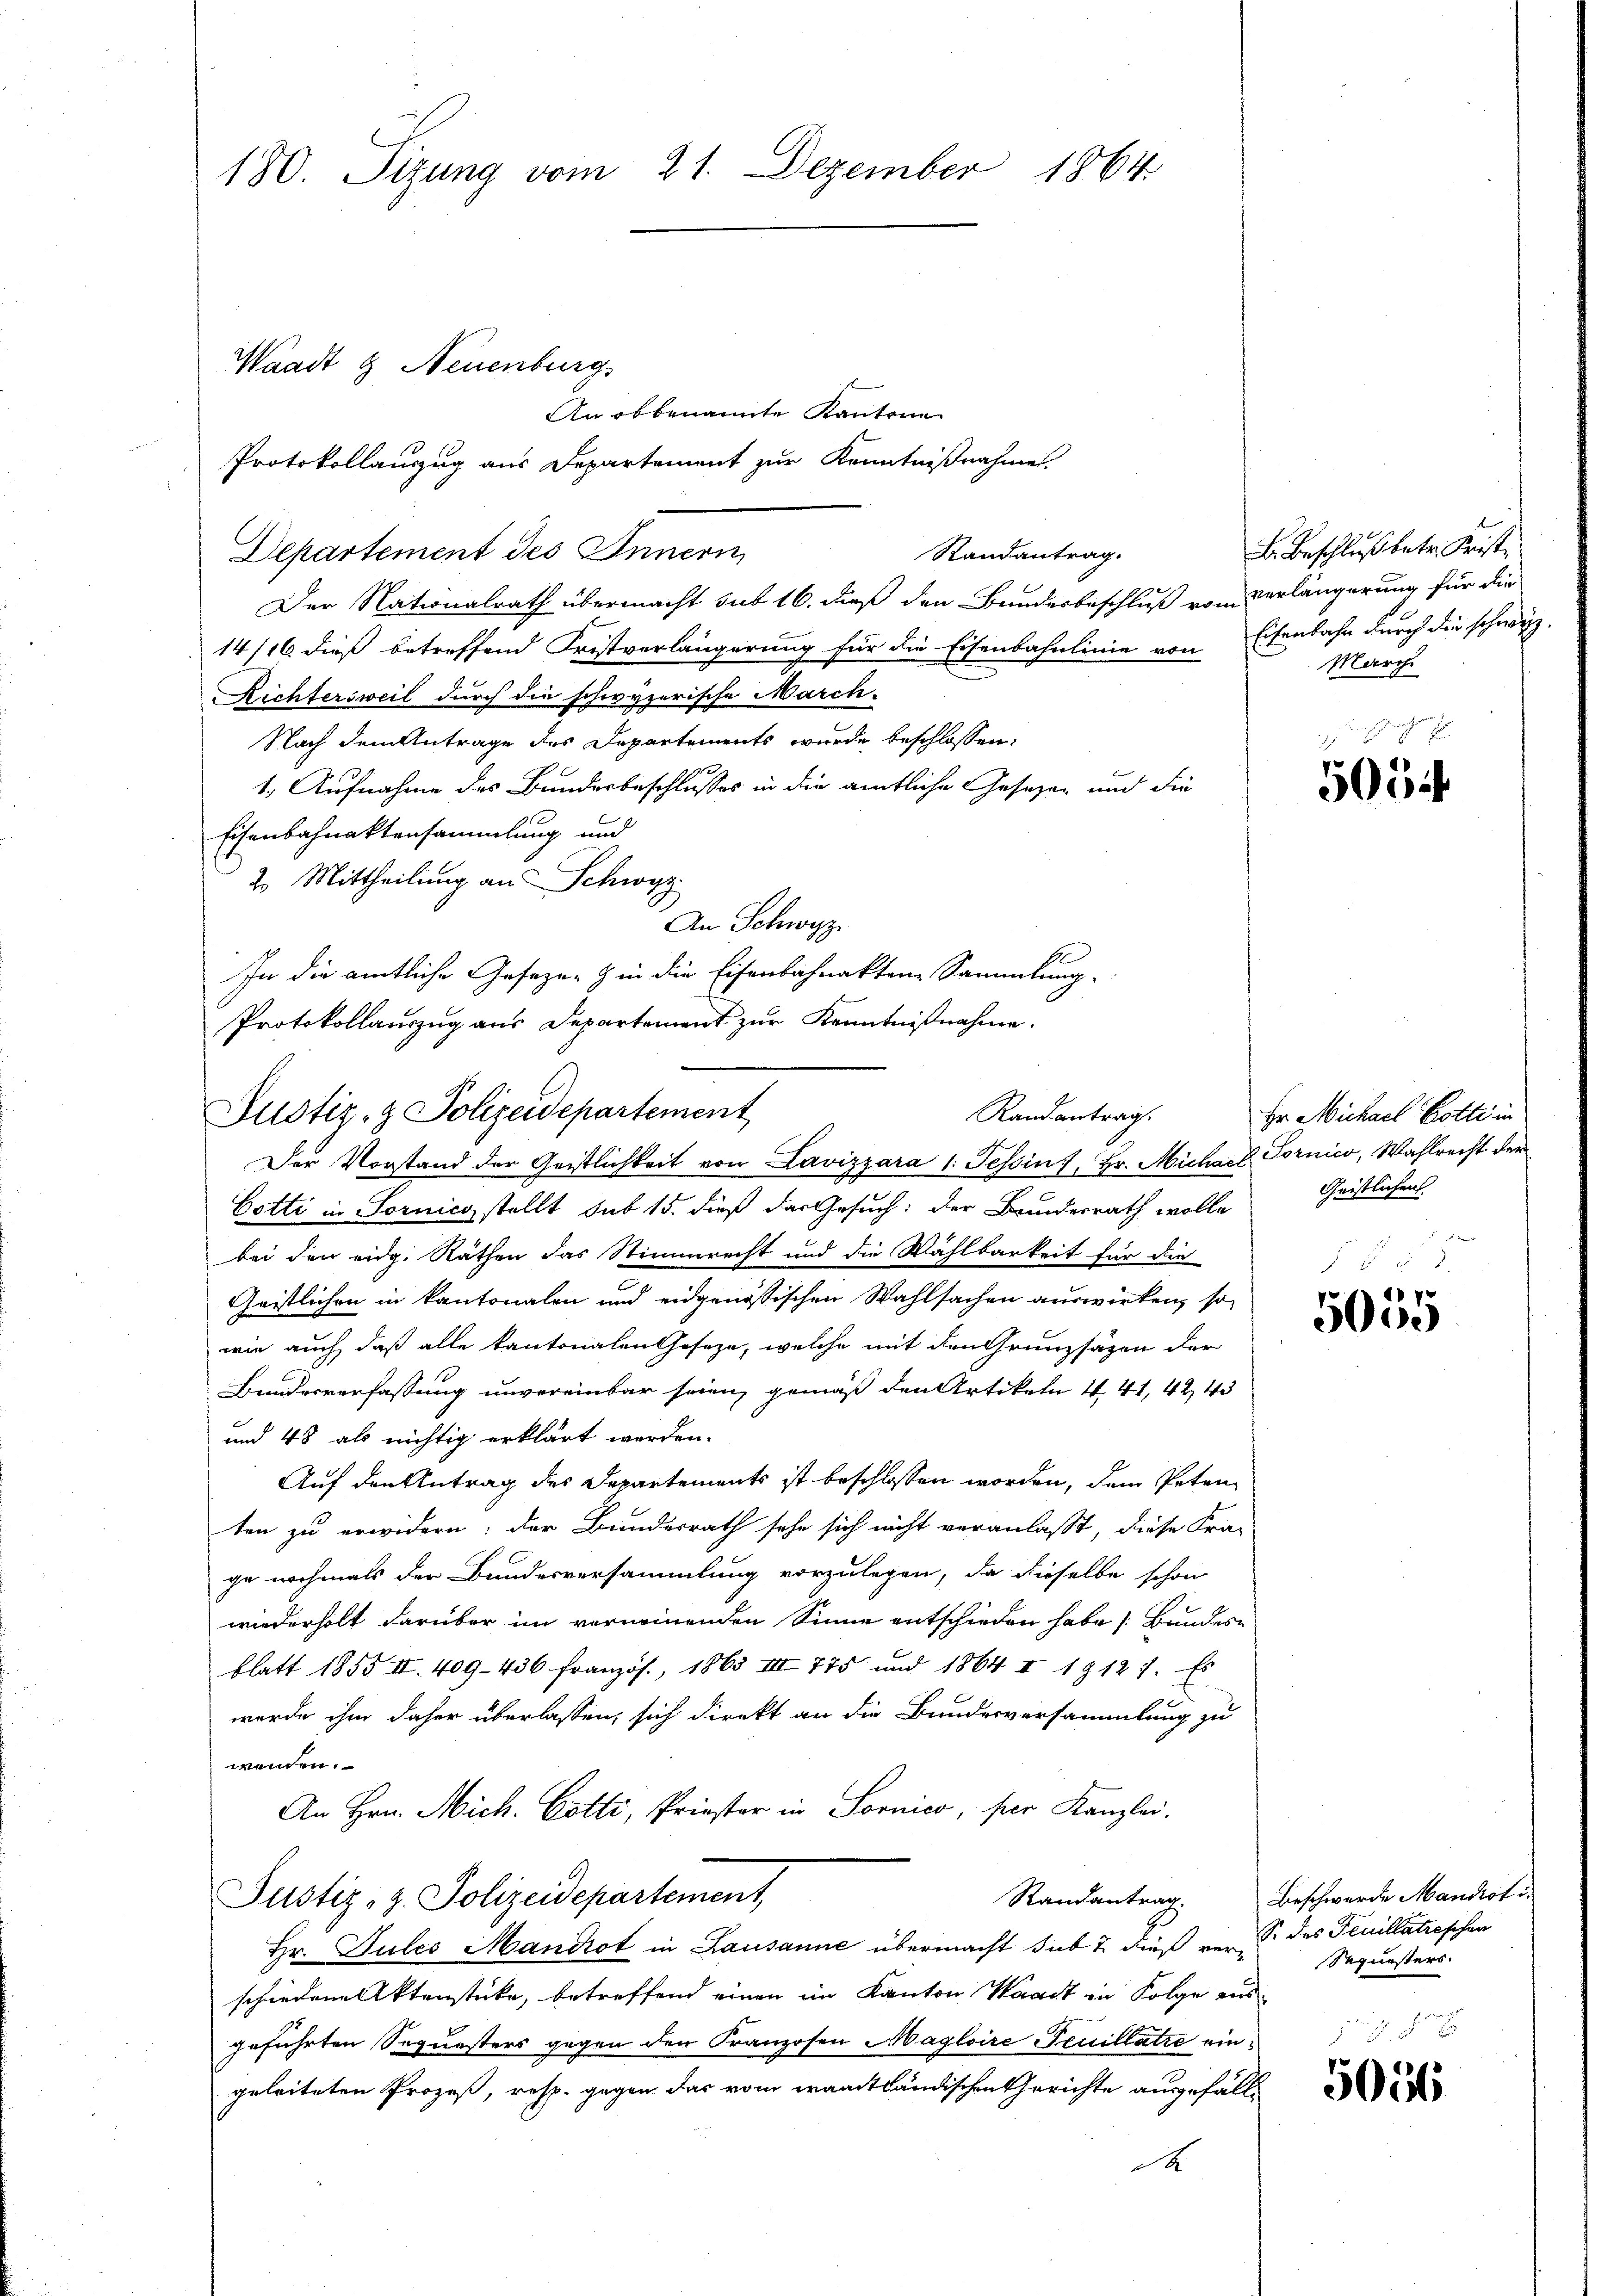
180. Sizung vom 21. Dezember 1864.

An obbenannte Kantone
Protokollauszug aus Departement zur Kenntnißnahme
Departement des Innern,
e
Der Nationalrath übermacht sub 16. dieß den Bundesbeschluß vom Verlängerung für die
14/16 dieß betreffend Fristverlängerung für die Eisenbahnlinie von
Richtersweil durch die schwyzerische March-
Nach dem Antrage des Departements wurde beschlossen:
2
1. Aufnahme des Bundesbeschlusses in die amtliche Gesezen und die
Eisenbahnaktensammlung und
2. Mittheilung an Schwyz
An Schwyz
E
In die amtliche Gesezen & in die Eisenbahnaktene Sammlung.
Protokollauszug aus Departement zur Kenntnißnahme.

Waadt & Neuenburg

Justiz- & Polizeidepartement
Randantrag.

Randantrag.

Der Vorstand der Geistlichkeit von Lavizzara 1. Tessin, Hr. Michael Tornico, Wahlrecht der
Cotti in Fornica stellt sub 15. dieß das Gesuch: der Bundesrath wolle Geistlichens
bei den eidg. Räthen das Stimmrecht und die Wählbarkeit für die
Geistlichen in kantonalen und eidgenössischen Wahlsachen auswirken, so
wie auch daß alle kantonalen Geseze, welche mit den Grunzsäzen der
Bundesverfassung unvereinbar seien, gemäß den Artikeln 1 41, 424
und 43 als nichtig erklärt worden.
Auf den Antrag des Departements ist beschlossen worden, dem Petenten zu erwidern: der Bundesrath sehe sich nicht veranlaßt, diese Fra-
ge nochmals der Bundesversammlung vorzulegen, da dieselbe schon
wiederholt darüber im verneinenden Sinne entschieden habe (Bundesblatt 1855 II. 409. 436 französ., 1865 VIII 775 und 1864 I 1912 1. Es
wurde ihm daher überlassen, sich direkt an die Bundesversammlung zu
wenden.
An Hrn. Mich. Cotti, Priester in Sornico, per Kanzlei.
Randantrag.
Justiz-Z. Polizeidepartement,
Hr. Julis Mandot in Lausanne übermacht sub 2 dieß ver- des Feuillatrischen
schiedene Aktenstücke, betreffend einen im Kanton Waadt in Folge aus
geführten Sequesters gegen den Franzosen Maglaire Feuillatze eingeleiteten Prozeß, resp. gegen das vom waadtländischen Gerichte ausgefäll¬
A

E. Beschluß betr. Kriste
Eisenbahn durch die schweiz.
Marchi

dch

505

Hr Michael Botte in
 f 8

5055

Beschwerde Mandrot
Sequesters.
eich der

e
5056